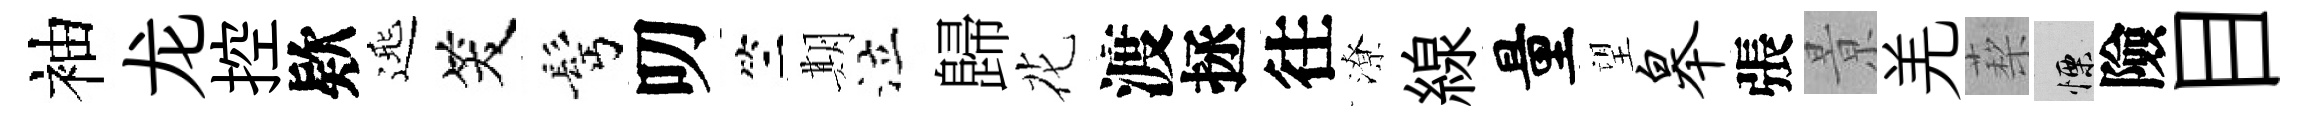
袖龙控欵𨓱笑髩叨竺期泣歸花渡拯往潦線量望皋張㬌羌蔾慄險目